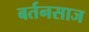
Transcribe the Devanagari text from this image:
बर्तनसाज